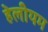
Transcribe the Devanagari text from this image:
हेलीयम